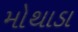
મોથાડા